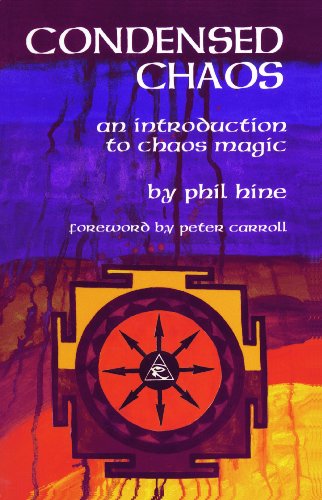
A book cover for Condensed Chaos: An Introduction to Chaos Magic; Phil Hine; Religion & Spirituality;